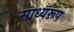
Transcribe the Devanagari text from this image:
साध्यरूप